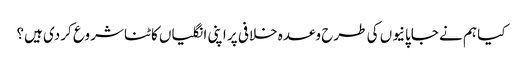
کیا ہم نے جاپانیوں کی طرح وعدہ خلافی پر اپنی انگلیاں کاٹنا شروع کردی ہیں؟